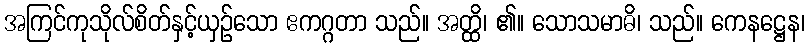
အကြင်ကုသိုလ်စိတ်နှင့်ယှဉ်သော ဧကဂ္ဂတာ သည်။ အတ္ထိ၊ ၏။ သောသမာဓိ၊ သည်။ ကေနဋ္ဌေန၊